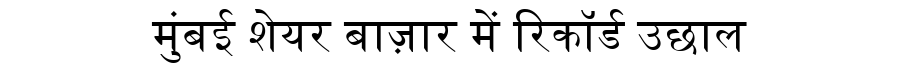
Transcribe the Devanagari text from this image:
मुंबई शेयर बाज़ार में रिकॉर्ड उछाल